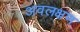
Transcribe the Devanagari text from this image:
अवलक्षण